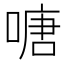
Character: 𠹔